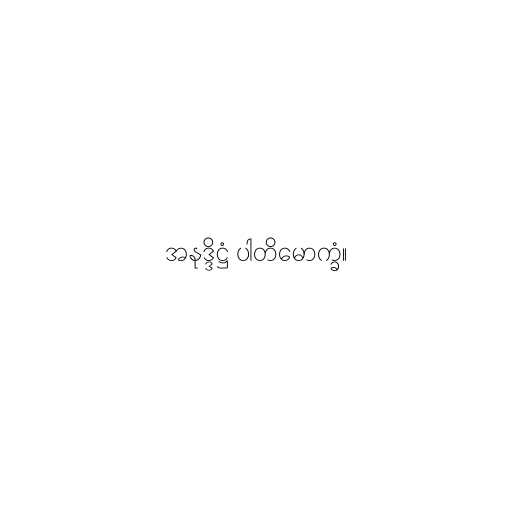
အနုဒ္ဒိဋ္ဌံ ပါတိမောက္ခံ။